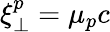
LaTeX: \xi_{\perp}^{p}=\mu_{p}c